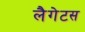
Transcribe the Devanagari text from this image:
लैगेटस